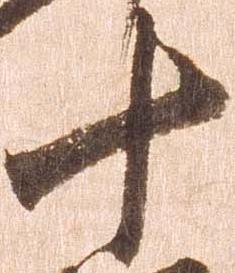
十